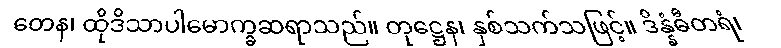
တေန၊ ထိုဒိသာပါမောက္ခဆရာသည်။ တုဋ္ဌေန၊ နှစ်သက်သဖြင့်။ ဒိန္နံဓီတရံ၊